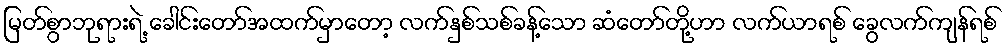
မြတ်စွာဘုရားရဲ့ ခေါင်းတော်အထက်မှာတော့ လက်နှစ်သစ်ခန့်သော ဆံတော်တို့ဟာ လက်ယာရစ် ခွေလက်ကျန်ရစ်